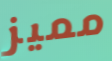
مميز